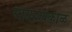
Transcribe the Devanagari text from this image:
साम्राज्यकाळ